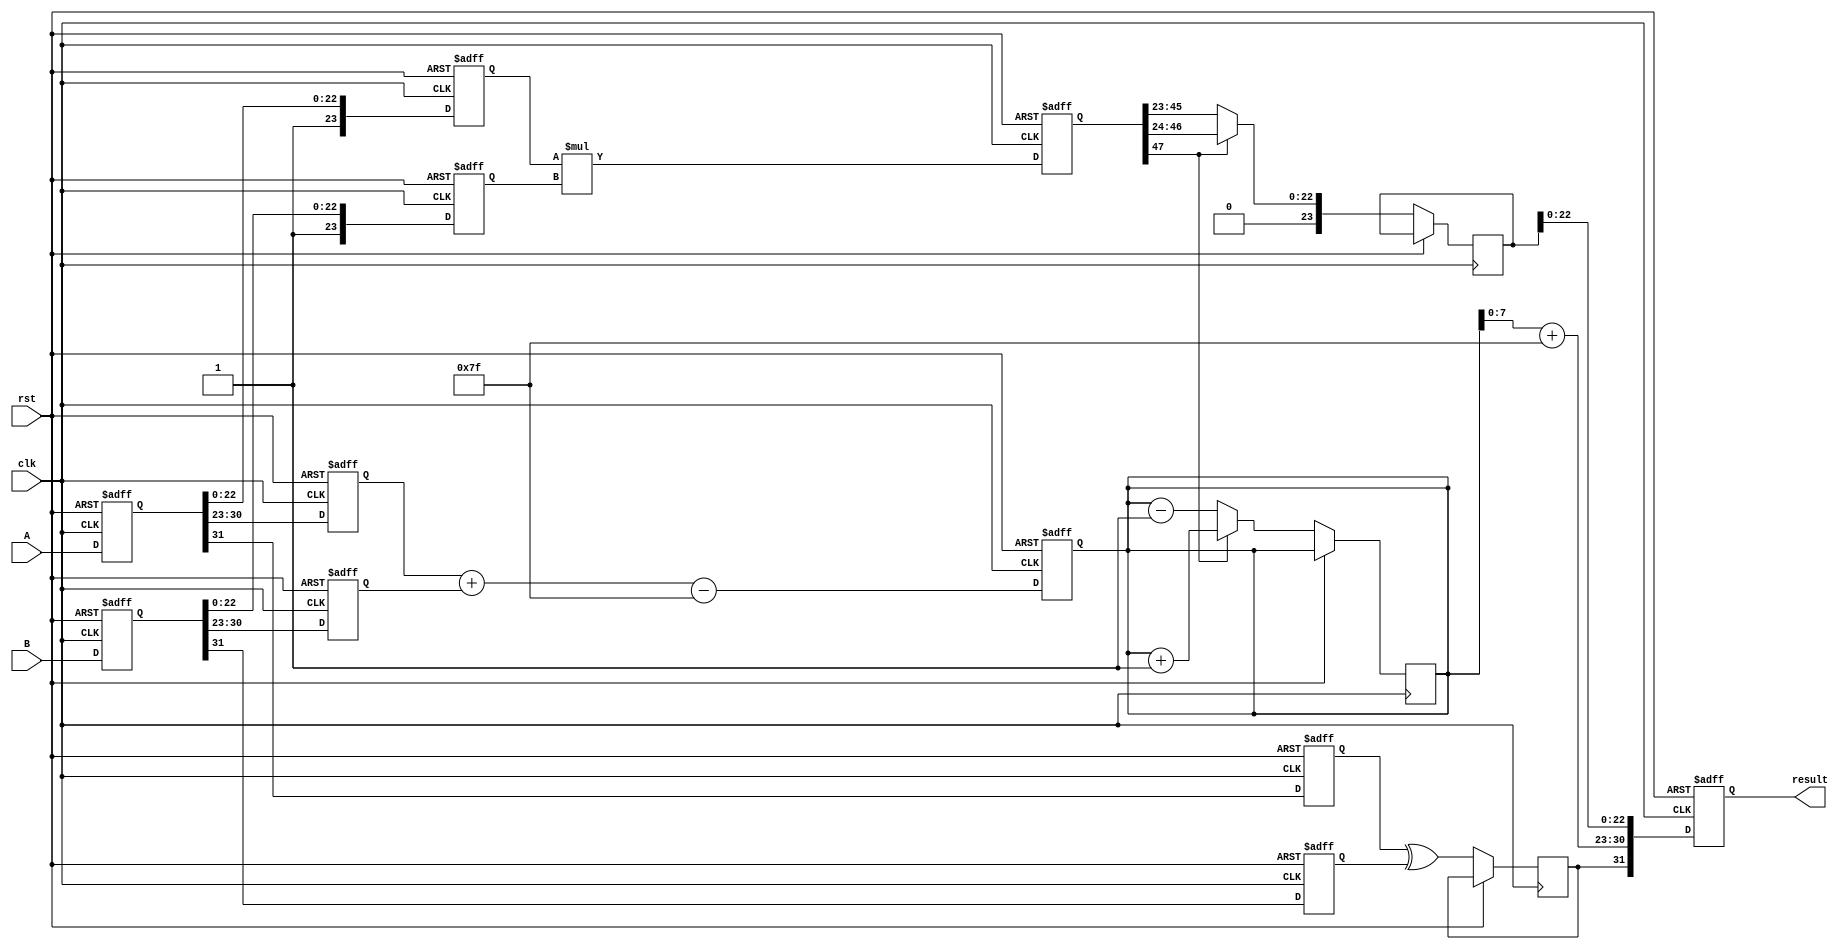
module pipelined_fp_multiplier (
    input clk,
    input rst,
    input [31:0] A, // First floating-point input
    input [31:0] B, // Second floating-point input
    output reg [31:0] result // Resulting floating-point output
);

    // Pipeline registers
    reg [31:0] A_reg, B_reg; // Input registers
    reg [23:0] M1, M2; // Mantissas
    reg [7:0] E1, E2; // Exponents
    reg S1, S2; // Signs
    reg [47:0] M_product; // Product of mantissas
    reg [8:0] E_result; // Result exponent
    reg [23:0] M_result; // Result mantissa
    reg S_result; // Result sign

    // Stage 1: Input registration
    always @(posedge clk or posedge rst) begin
        if (rst) begin
            A_reg <= 32'b0;
            B_reg <= 32'b0;
        end else begin
            A_reg <= A;
            B_reg <= B;
        end
    end

    // Stage 2: Normalization
    always @(posedge clk or posedge rst) begin
        if (rst) begin
            M1 <= 24'b0;
            M2 <= 24'b0;
            E1 <= 8'b0;
            E2 <= 8'b0;
            S1 <= 1'b0;
            S2 <= 1'b0;
        end else begin
            // Extract sign, exponent, and mantissa
            S1 <= A_reg[31];
            E1 <= A_reg[30:23];
            M1 <= {1'b1, A_reg[22:0]}; // Implicit leading 1 for normalized numbers

            S2 <= B_reg[31];
            E2 <= B_reg[30:23];
            M2 <= {1'b1, B_reg[22:0]}; // Implicit leading 1 for normalized numbers
        end
    end

    // Stage 3: Mantissa multiplication
    always @(posedge clk or posedge rst) begin
        if (rst) begin
            M_product <= 48'b0;
        end else begin
            M_product <= M1 * M2; // Multiply mantissas
        end
    end

    // Stage 4: Exponent addition
    always @(posedge clk or posedge rst) begin
        if (rst) begin
            E_result <= 9'b0;
        end else begin
            E_result <= E1 + E2 - 8'd127; // Adjust for bias
        end
    end

    // Stage 5: Result normalization and output registration
    always @(posedge clk or posedge rst) begin
        if (rst) begin
            result <= 32'b0;
        end else begin
            // Normalize the product mantissa
            if (M_product[47]) begin
                // If the product is greater than or equal to 2.0
                M_result <= M_product[46:24]; // Shift right
                E_result <= E_result + 1; // Increment exponent
            end else begin
                // If the product is less than 1.0
                M_result <= M_product[45:23]; // Shift right
                E_result <= E_result - 1; // Decrement exponent
            end

            // Assemble the final result
            S_result <= S1 ^ S2; // Result sign is XOR of input signs
            result <= {S_result, E_result[7:0] + 8'd127, M_result[22:0]}; // Final output
        end
    end

endmodule